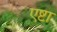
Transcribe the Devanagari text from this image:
एष्टा